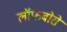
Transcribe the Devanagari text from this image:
लॉफबोरो